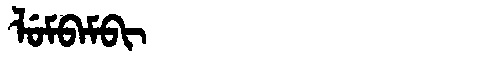
Manchu: ᠯᡠᠮᠪᠠᠮᠪᡳ
Romanization: LUMBAMBI